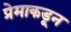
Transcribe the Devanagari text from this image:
प्रेमाकडून